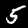
Label: 5